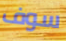
سوف